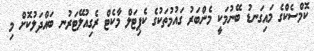
ކޮމްސެކްގެ މައިގަނޑު ބޭނުމަކީ މެންބަރު ގައުމުތަކުގެ ކެޕިޓަލް މާކެޓް ރެގިއުލޭޓަރުނ ބައްދަލުކޮށް މި